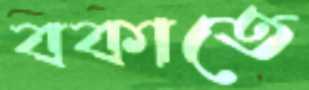
বকাতে